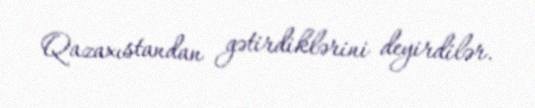
Qazaxıstandan gətirdiklərini deyirdilər.